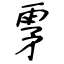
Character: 雺